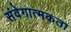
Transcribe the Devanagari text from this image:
संवेगात्मकता